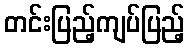
တင်းပြည့်ကျပ်ပြည့်